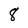
Character: 8